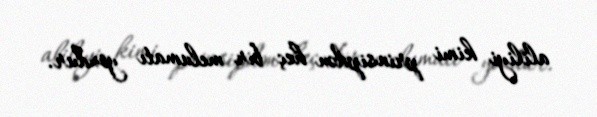
aliliyi kimi prinsipdən heç bir melumatı yoxdur.